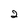
Character: 2